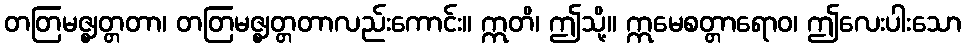
တတြမဇ္ဈတ္တတာ၊ တတြမဇ္ဈတ္တတာလည်းကောင်း။ ဣတိ၊ ဤသို့။ ဣမေစတ္တာရောဝ၊ ဤလေးပါးသော